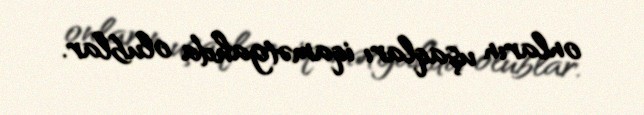
onların uşaqları iqamətgahda olublar.